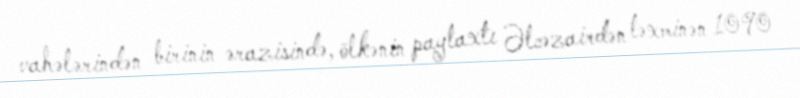
vahələrindən birinin ərazisində, ölkənin paytaxtı Əlcəzairdən təxminən 1090